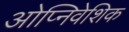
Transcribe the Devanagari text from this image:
ओप्निवेशिक